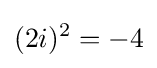
(2i)^{2}=-4